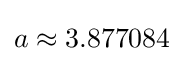
a\approx 3.877084